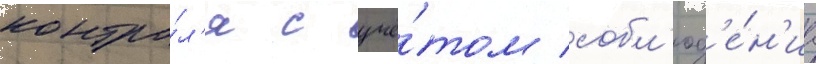
контро́л'я с учё́том собл'юд'е́н'иа